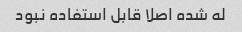
له شده اصلا قابل استفاده نبود